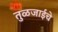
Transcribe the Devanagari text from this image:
तुळजाईचे